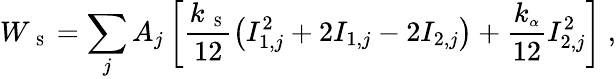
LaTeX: W_{\mathrm{~\scriptsize~S~}}=\sum_{j}A_{j}\left[\frac{k_{\mathrm{~\scriptsize~S~}}}{12}\left(I_{1,j}^{2}+2I_{1,j}-2I_{2,j}\right)+\frac{k_{\scriptsize\alpha}}{12}I_{2,j}^{2}\right]\ ,